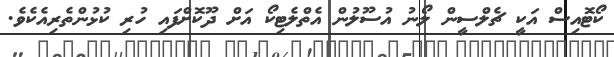
ކޯޓޮއިސް އަކީ ޗެލްސީން ލޯނު އުސޫލުން އެތްލެޓިކޯ އަށް ދޫކޮށްފައި ހުރި ކުޅުންތެރިއެކެވެ.